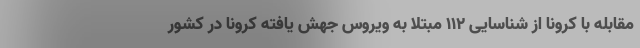
مقابله با کرونا از شناسایی ۱۱۲ مبتلا به ویروس جهش یافته کرونا در کشور